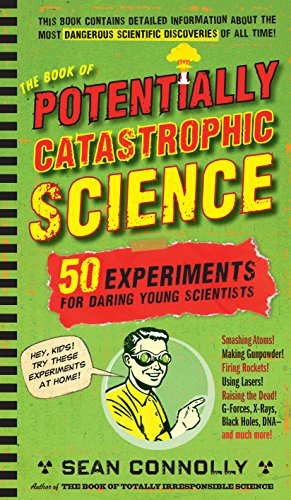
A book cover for The Book of Potentially Catastrophic Science: 50 Experiments for Daring Young Scientists; Sean Connolly; Children's Books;